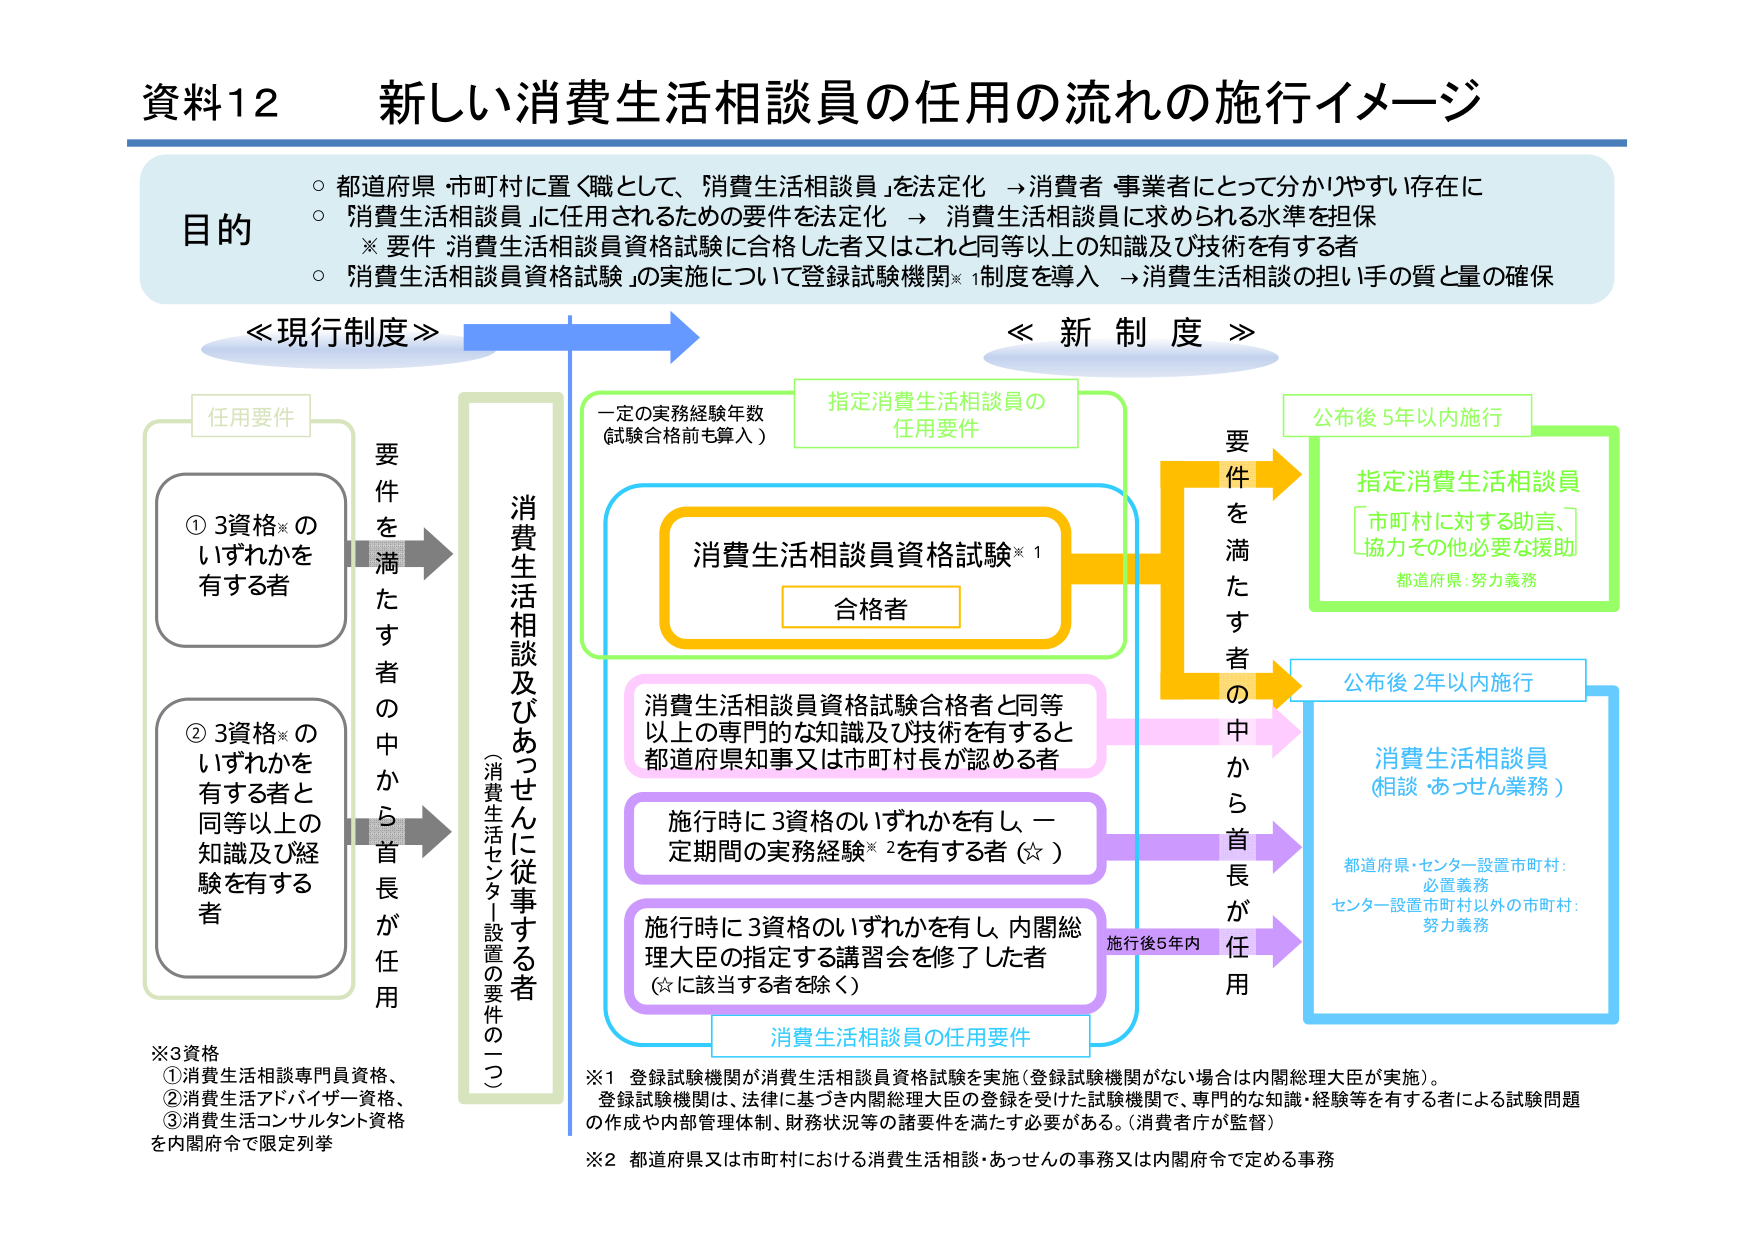
資料12 新しい消費生活相談員の任用の流れの施行イメージ

目的
○ 都道府県・市町村に置く職として、「消費生活相談員」を法定化 → 消費者・事業者にとって分かりやすい存在に
○ 「消費生活相談員」に任用されるための要件を法定化 → 消費生活相談員に求められる水準を担保
　※ 要件：消費生活相談員資格試験に合格した者又はこれと同等以上の知識及び技術を有する者
○ 「消費生活相談員資格試験」の実施について登録試験機関※1制度を導入 → 消費生活相談の担い手の質と量の確保

≪現行制度≫